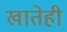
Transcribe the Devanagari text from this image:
खातेही